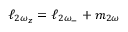
\ell _ { 2 \omega _ { z } } = \ell _ { 2 \omega _ { - } } + m _ { 2 \omega }